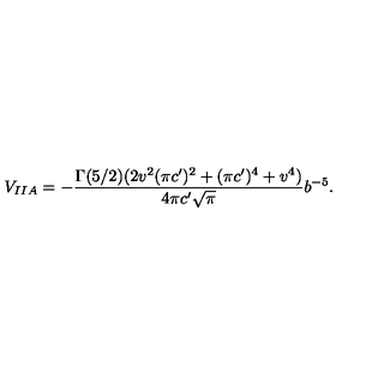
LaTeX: V _ { I I A } = - \frac { \Gamma ( 5 / 2 ) ( 2 v ^ { 2 } ( \pi c ^ { \prime } ) ^ { 2 } + ( \pi c ^ { \prime } ) ^ { 4 } + v ^ { 4 } ) } { 4 \pi c ^ { \prime } \sqrt { \pi } } b ^ { - 5 } .